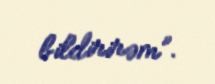
bildirirəm”.